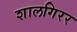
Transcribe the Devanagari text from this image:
शालगिरर